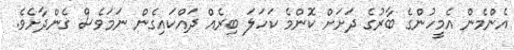
އެންމެން އެމީހުންގެ ބާރުގެ ދަށަށް ކޮންމެ ކަހަލަ ބިރެއް ދައްކައިގެން ނަމަވެސް ގެންދާށެވެ.